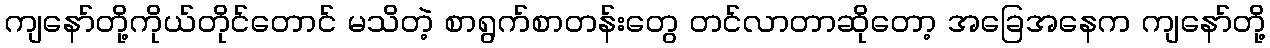
ကျနော်တို့ကိုယ်တိုင်တောင် မသိတဲ့ စာရွက်စာတန်းတွေ တင်လာတာဆိုတော့ အခြေအနေက ကျနော်တို့